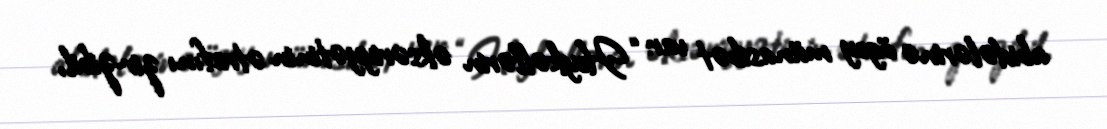
abidələrinə ögey münasibət var: “Heykəllərin əksəriyyətinin ətrafını zir-zibil,